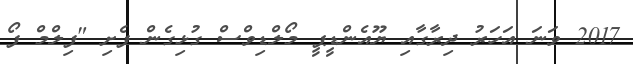
2017 ވަނަ އަހަރު ދިރާގާއި ޔޫއެންޑީޕީ މޯލްޑިވްސް ގުޅިގެން ފެށި "ފިލްމް ފޯ